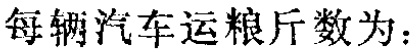
每辆汽车运粮斤数为：